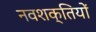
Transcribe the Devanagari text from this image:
नवशक्तियों